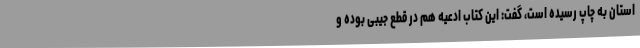
استان به چاپ رسیده است، گفت: این کتاب ادعیه هم در قطع جیبی بوده و